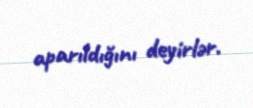
aparıldığını deyirlər.